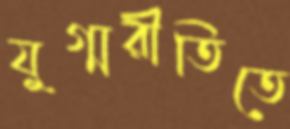
যুগ্মরীতিতে